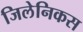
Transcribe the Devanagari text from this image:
जिलेनिकस